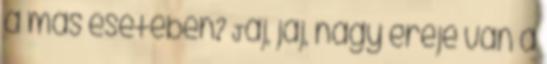
a más esetében? Jaj, jaj, nagy ereje van a